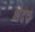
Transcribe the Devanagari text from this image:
भेदच